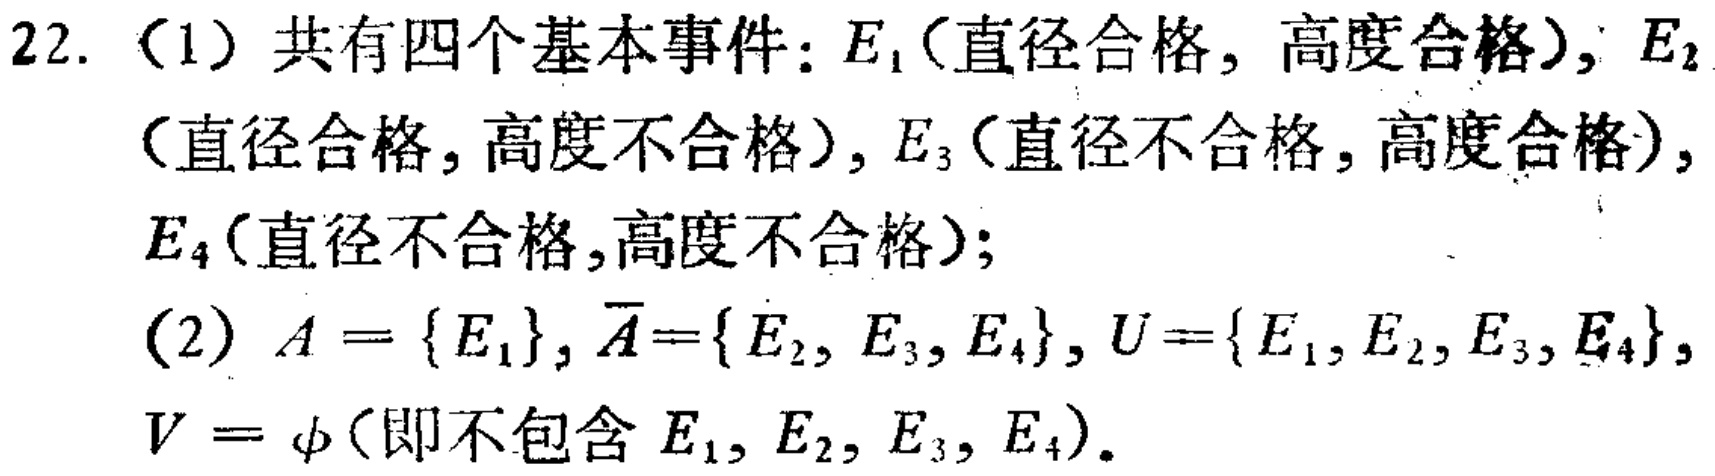
22. （1）共有四个基本事件：\(E_1\)（直径合格, 高度合格）, \(E_2\)（直径合格, 高度不合格）, \(E_3\)（直径不合格, 高度合格）, \(E_4\)（直径不合格,高度不合格）;

（2）\(A = \{E_1\}\), \(\overline{A}=\{E_2, E_3, E_4\}\), \(U =\{E_1, E_2, E_3, E_4\}\), \(V = \varnothing\)（即不包含 \(E_1, E_2, E_3, E_4\)）.